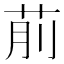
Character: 𦮯